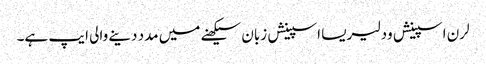
لرن اسپینش ود لیریسا اسپینش زبان سیکھنے میں مدد دینے والی ایپ ہے۔